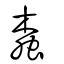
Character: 蠹